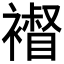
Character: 𧝴